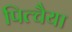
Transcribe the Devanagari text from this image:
पित्चैया